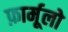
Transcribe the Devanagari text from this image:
फ़ार्मूलो